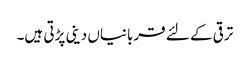
ترقی کے لئے قربانیاں دینی پڑتی ہیں۔